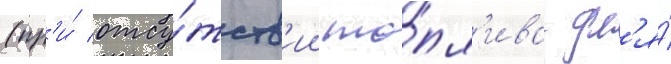
(пр'и́ отсу́тств'ии то́пл'ива дл'я́